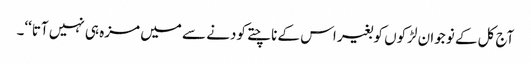
آج کل کے نوجوان لڑکوں کو بغیر اس کے ناچتے کودنے سے میں مزہ ہی نہیں آتا‘‘۔